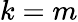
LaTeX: k=m